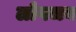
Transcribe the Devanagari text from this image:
लोगजब